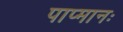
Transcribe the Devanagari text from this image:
पाप्मानः